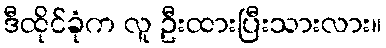
ဒီထိုင်ခုံက လူ ဦးထားပြီးသားလား။